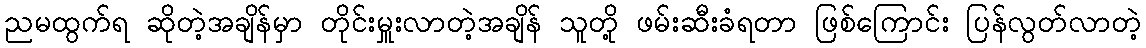
ညမထွက်ရ ဆိုတဲ့အချိန်မှာ တိုင်းမှူးလာတဲ့အချိန် သူတို့ ဖမ်းဆီးခံရတာ ဖြစ်ကြောင်း ပြန်လွတ်လာတဲ့